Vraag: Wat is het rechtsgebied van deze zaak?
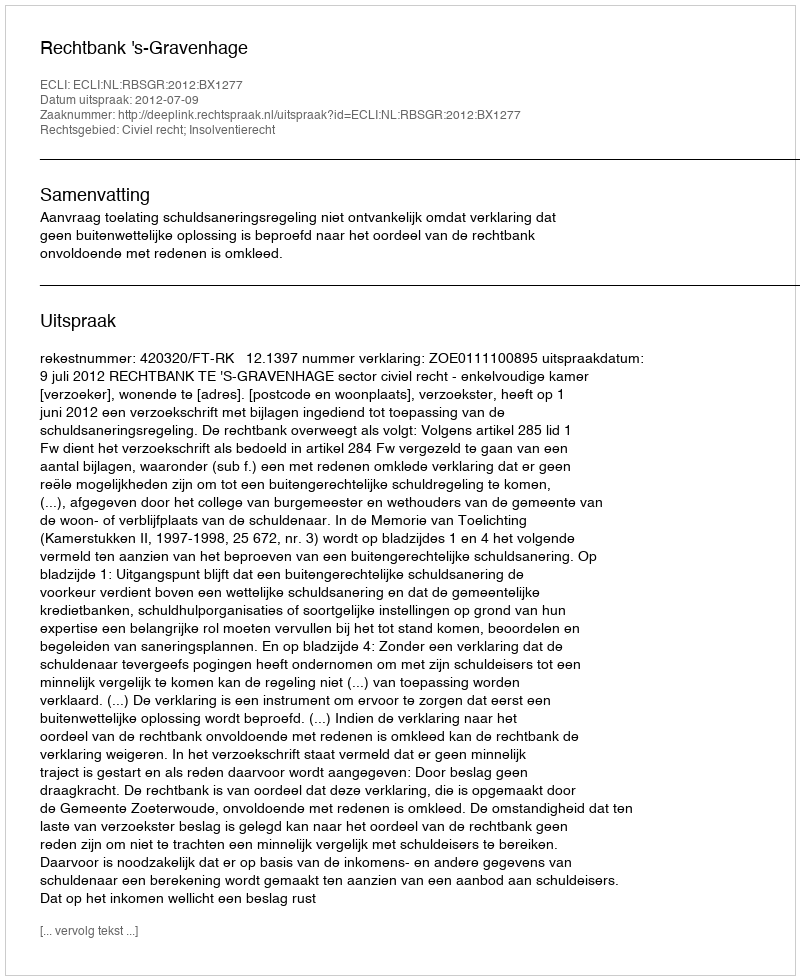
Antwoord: Civiel recht; Insolventierecht